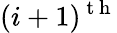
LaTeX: (i+1)^{\mathrm{~t~h~}}